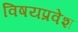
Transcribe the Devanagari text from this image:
विषयप्रवेश